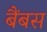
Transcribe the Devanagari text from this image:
बैंबस